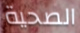
الصحية